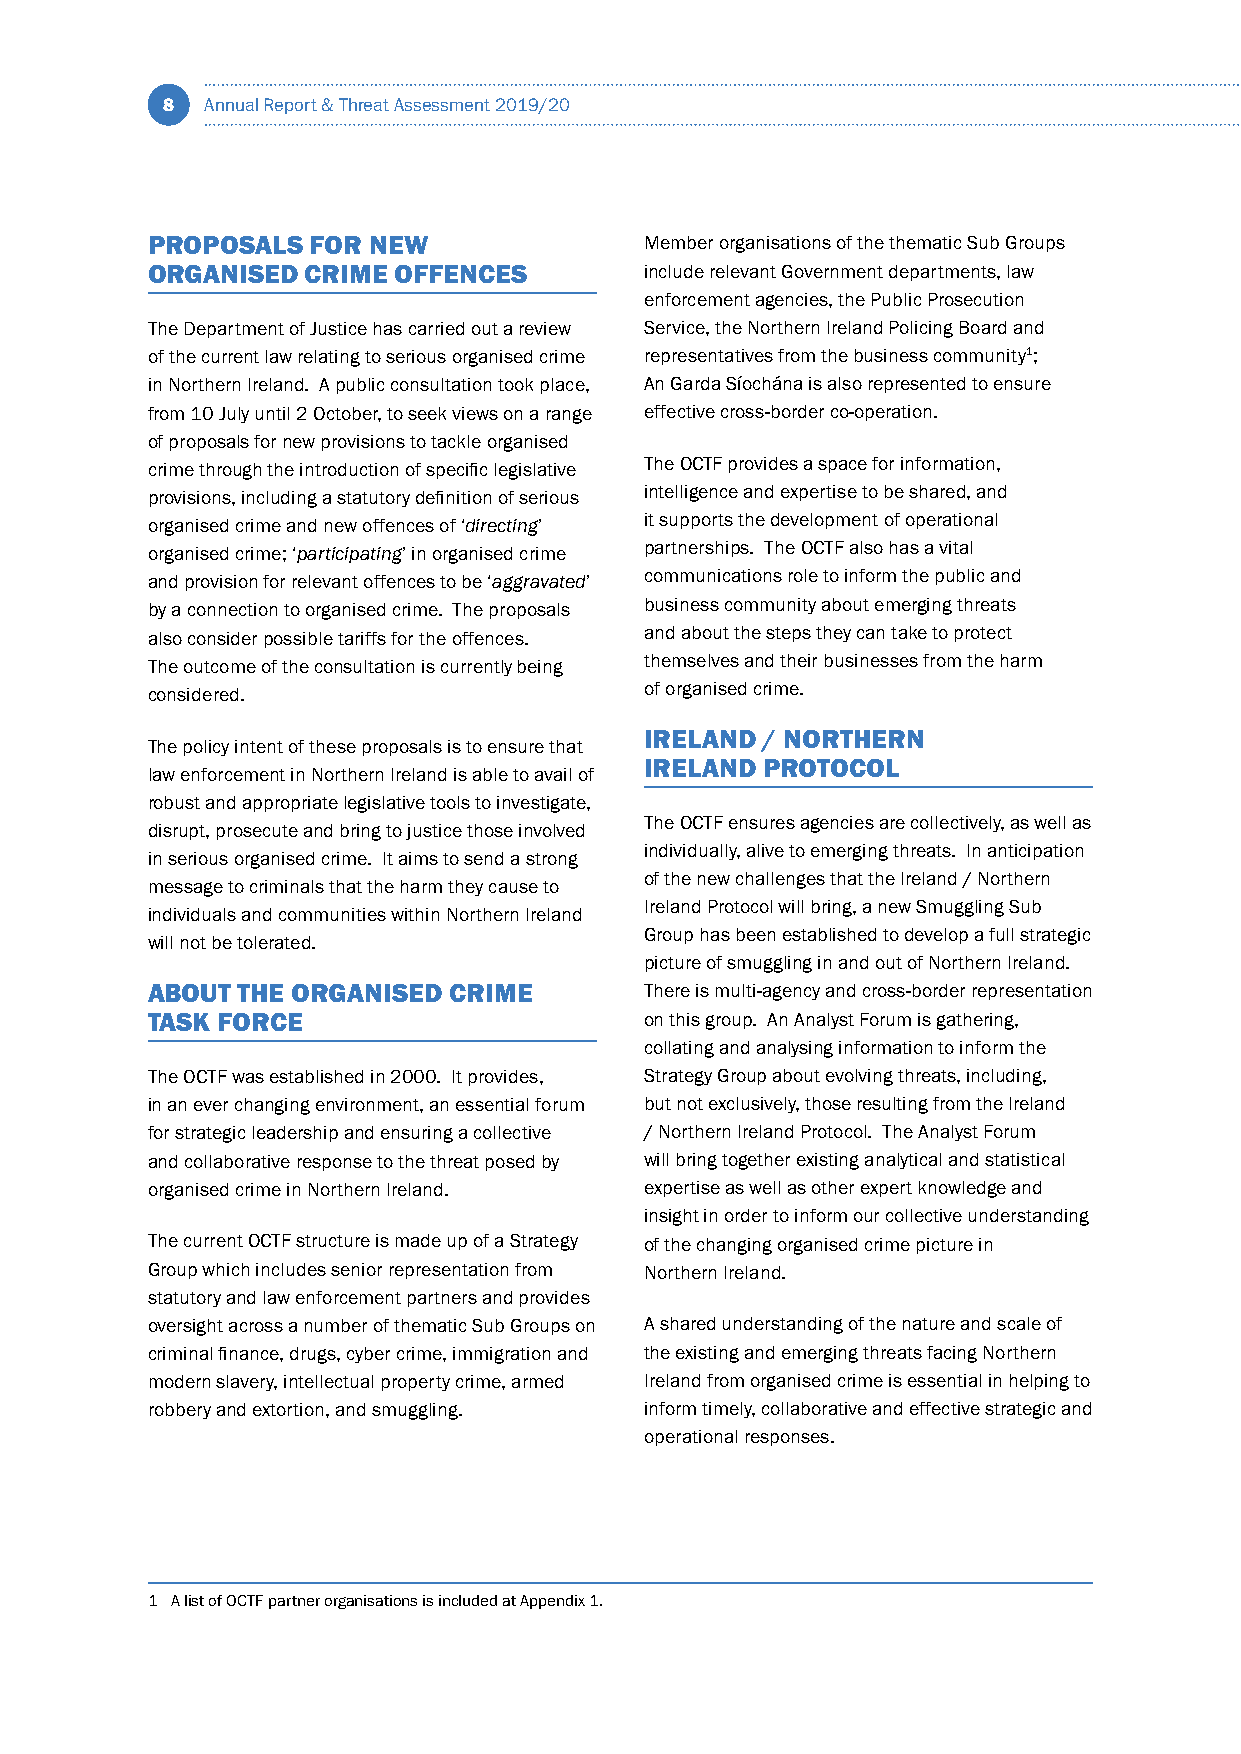
8  Annual Report & Threat Assessment 2019/20
 PROPOSALS  FOR NEW               Member organisations of the thematic Sub Groups
 ORGANISED CRIME OFFENCES         include relevant Government departments, law
 enforcement agencies, the Public Prosecution
 The Department of Justice has carried out a review Service, the Northern Ireland Policing Board and
 of the current law relating to serious organised crime representatives from the business community1;
 in Northern Ireland. A public consultation took place, An Garda Síochána is also represented to ensure
 from 10 July until 2 October, to seek views on a range effective cross-border co-operation.
 of proposals for new provisions to tackle organised
 crime through the introduction of specific legislative The OCTF provides a space for information,
 provisions, including a statutory definition of serious intelligence and expertise to be shared, and
 organised crime and new offences of ‘directing’ it supports the development of operational
 organised crime; ‘participating’ in organised crime partnerships. The OCTF also has a vital
 and provision for relevant offences to be ‘aggravated’ communications role to inform the public and
 by a connection to organised crime. The proposals business community about emerging threats
 also consider possible tariffs for the offences. and about the steps they can take to protect
 The outcome of the consultation is currently being themselves and their businesses from the harm
 considered.                      of organised crime.
 IRELAND / NORTHERN
 The policy intent of these proposals is to ensure that
 IRELAND PROTOCOL
 law enforcement in Northern Ireland is able to avail of
 robust and appropriate legislative tools to investigate,
 The OCTF ensures agencies are collectively, as well as
 disrupt, prosecute and bring to justice those involved
 individually, alive to emerging threats. In anticipation
 in serious organised crime. It aims to send a strong
 of the new challenges that the Ireland / Northern
 message to criminals that the harm they cause to
 Ireland Protocol will bring, a new Smuggling Sub
 individuals and communities within Northern Ireland
 Group has been established to develop a full strategic
 will not be tolerated.
 picture of smuggling in and out of Northern Ireland.
 ABOUT THE ORGANISED CRIME        There is multi-agency and cross-border representation
 TASK FORCE                       on this group. An Analyst Forum is gathering,
 collating and analysing information to inform the
 The OCTF was established in 2000. It provides, Strategy Group about evolving threats, including,
 in an ever changing environment, an essential forum but not exclusively, those resulting from the Ireland
 for strategic leadership and ensuring a collective / Northern Ireland Protocol. The Analyst Forum
 and collaborative response to the threat posed by will bring together existing analytical and statistical
 organised crime in Northern Ireland. expertise as well as other expert knowledge and
 insight in order to inform our collective understanding
 The current OCTF structure is made up of a Strategy of the changing organised crime picture in
 Group which includes senior representation from Northern Ireland.
 statutory and law enforcement partners and provides
 oversight across a number of thematic Sub Groups on A shared understanding of the nature and scale of
 criminal finance, drugs, cyber crime, immigration and the existing and emerging threats facing Northern
 modern slavery, intellectual property crime, armed Ireland from organised crime is essential in helping to
 robbery and extortion, and smuggling. inform timely, collaborative and effective strategic and
 operational responses.
 1 A list of OCTF partner organisations is included at Appendix 1.